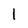
Character: 1